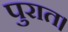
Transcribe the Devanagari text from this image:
पुरात।